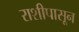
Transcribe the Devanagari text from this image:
राशीपासून